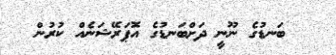
ބަނޑުގެ ނޫނީ ދަށްބަނޑުގެ އޮޕަރޭޝަނެއް ކުރުން